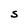
Character: S